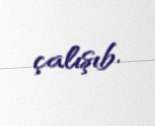
çalışıb.